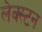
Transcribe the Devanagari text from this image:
लेक्स्टन